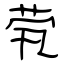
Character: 茕